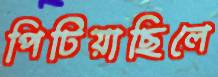
পিটিয়াছিলে